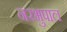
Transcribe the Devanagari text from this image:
नरभुपाल